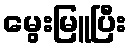
မွေးမြူပြီး